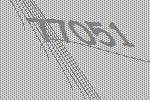
77051